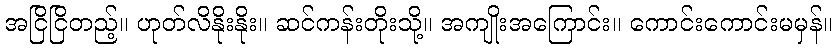
အငြိငြိတည့်။ ဟုတ်လိနိုးနိုး။ ဆင်ကန်းတိုးသို့။ အကျိုးအကြောင်း။ ကောင်းကောင်းမမှန်။